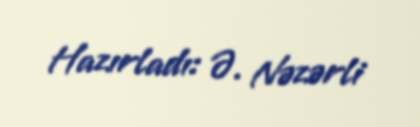
Hazırladı: Ə. Nəzərli